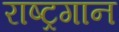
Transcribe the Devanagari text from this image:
राष्‍ट्रगान